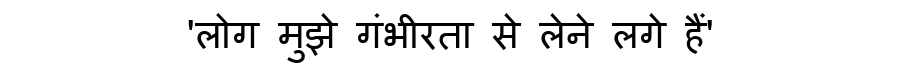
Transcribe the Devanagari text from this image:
'लोग मुझे गंभीरता से लेने लगे हैं'